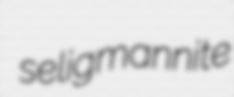
seligmannite